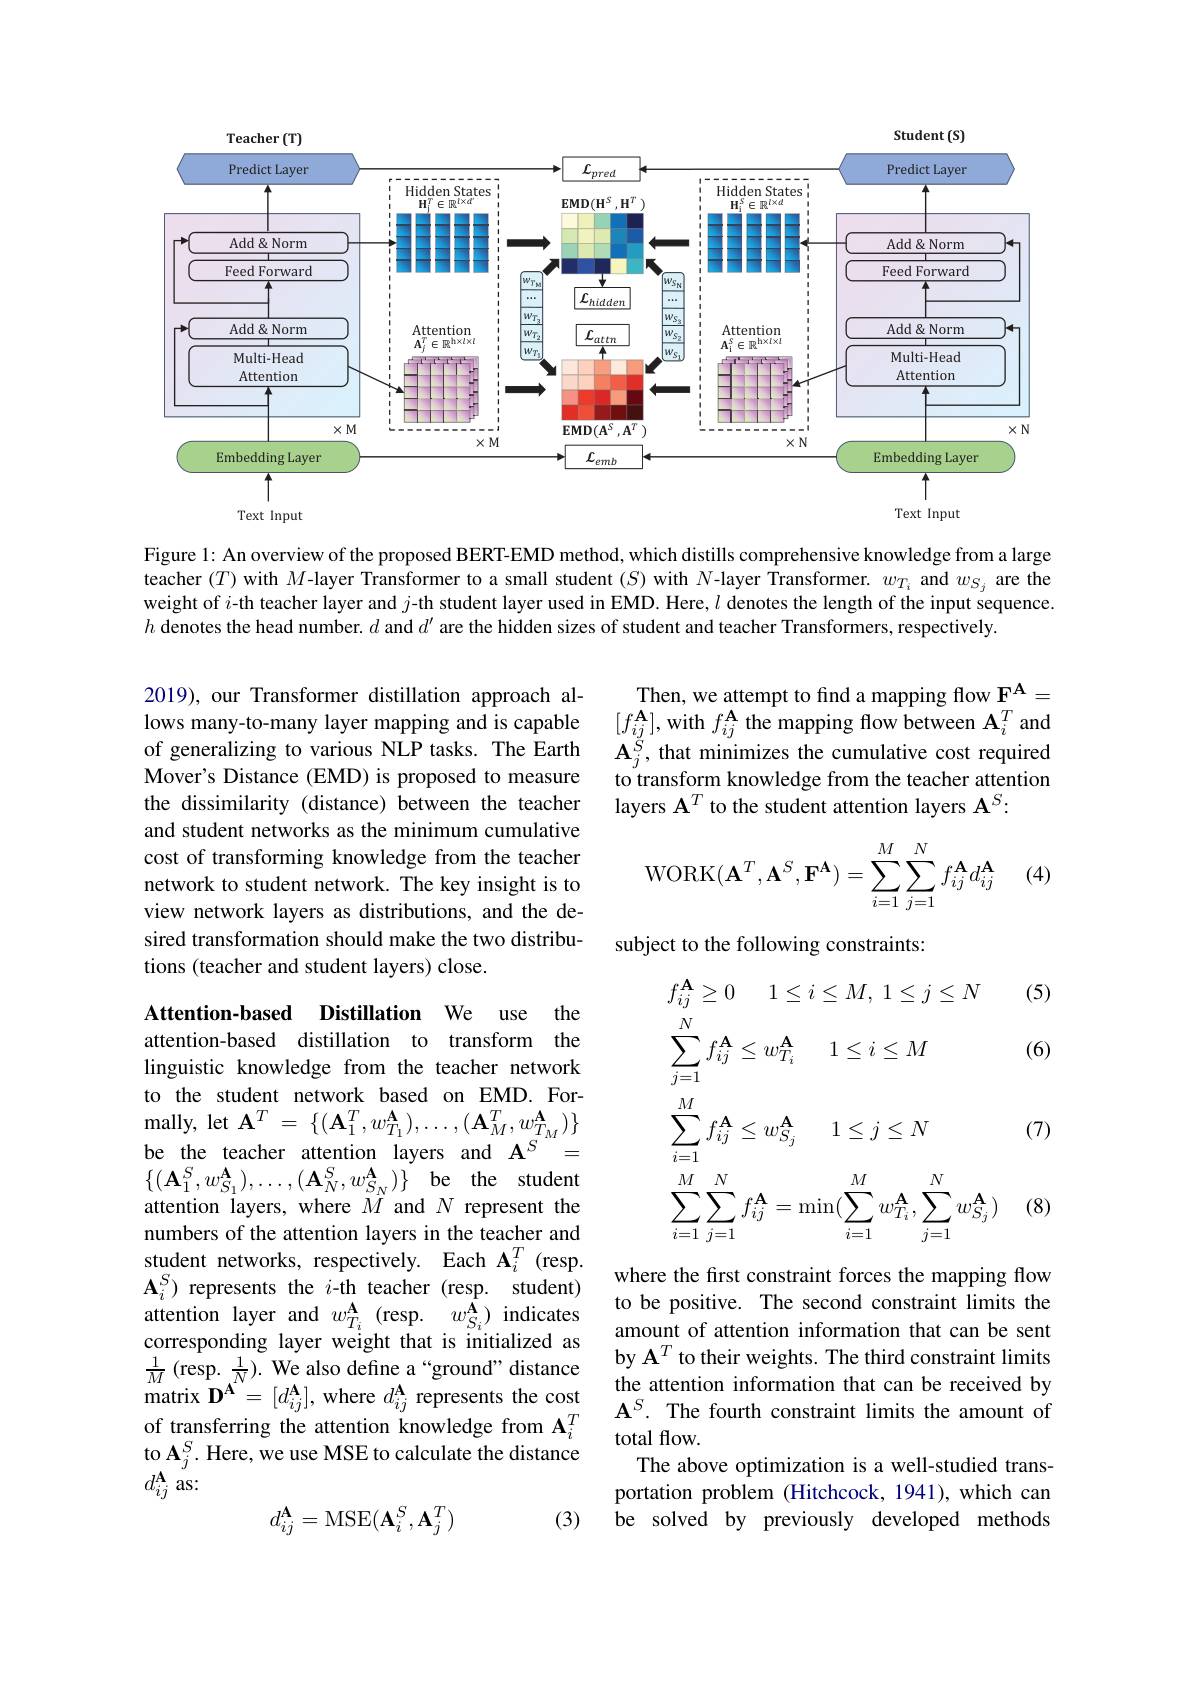
Student (S)

Teacher (T)

<FigureHere>

Text Input

Text Input

Figure 1: An overview of the proposed BERT-EMD method, which distills comprehensive knowledge from a large teacher $(T)$ with $M$-layer Transformer to a small student $(S)$ with $\hat{N}$-layer Transformer. $w_{T_i}$ and $w_{S_j}$ are the weight of $i$-th teacher layer and $j$-th student layer used in EMD. Here, $l$ denotes the length of the input sequence. $h$ denotes the head number. $d$ and $d^\prime$ are the hidden sizes of student and teacher Transformers, respectively.

Then, we attempt to find a mapping flow $\mathbf{F}^{\mathbf{A}}=$ $[f_{ij}^{\mathbf{A}}]$,with $f_ij^\mathbf{A}$ the mapping flow between $\mathbf{A}_i^T$ and $\mathbf{A}_{j}^{\breve{S}}$, that minimizes the cumulative cost required to transform knowledge from the teacher attention layers $\mathbf{A}^T$ to the student attention layers $\mathbf{A}^S:$

2019), our Transformer distillation approach allows many-to-many layer mapping and is capable of generalizing to various NLP tasks. The Earth Mover's Distance (EMD) is proposed to measure the dissimilarity (distance) between the teacher and student networks as the minimum cumulative cost of transforming knowledge from the teacher network to student network. The key insight is to view network layers as distributions, and the desired transformation should make the two distributions (teacher and student layers) close.
$$\text{WORK}(\mathbf{A}^T,\mathbf{A}^S,\mathbf{F}^\mathbf{A})=\sum_{i=1}^M\sum_{j=1}^Nf_{ij}^\mathbf{A}d_{ij}^\mathbf{A}$$
(4)

subject to the following constraints:
$$\begin{aligned}&f_{ij}^{\mathbf{A}}\geq0\quad1\leq i\leq M,\:1\leq j\leq N&&\text{(}\\&\sum_{j=1}^{N}f_{ij}^{\mathbf{A}}\leq w_{T_{i}}^{\mathbf{A}}\quad1\leq i\leq M&&\text{(}\\&\sum_{i=1}^{M}f_{ij}^{\mathbf{A}}\leq w_{S_{j}}^{\mathbf{A}}\quad1\leq j\leq N&&\text{(}\\&\sum_{i=1}^{M}\sum_{j=1}^{N}f_{ij}^{\mathbf{A}}=\operatorname*{min}(\sum_{i=1}^{M}w_{T_{i}}^{\mathbf{A}},\sum_{j=1}^{N}w_{S_{j}}^{\mathbf{A}})&&\text{(}\end{aligned}$$
Attention-based Distillation We use the attention-based distillation to transform the linguistic knowledge from the teacher network to the student network based on EMD. For- ${\mathrm{mally,~let~A}^{T}}=\{(\mathbf{A}_{1}^{T},w_{T_{1}}^{\mathbf{A}}),\ldots,(\mathbf{A}_{M}^{T},w_{T_{M}}^{\mathbf{A}})\}$ be the teacher attention layers and $\mathbf{A}^{S^{m}}=$ $\{ ( \mathbf{A} _{1}^{S}, w_{S_{1}}^{\mathbf{A} }) , \ldots , ( \mathbf{A} _{N}^{S}, w_{S_{N}}^{\mathbf{A} }) \}$ be student attention layers, where $M$ and $N$ represent the numbers of the attention layers in the teacher and student networks, respectively. Each $\mathbf{A}_i^T$ (resp. $\mathbf{A}_{i}^{S}$) represents the $i$-th teacher (resp. student) attention layer and $w_{T_{i}}^{\mathbf{A}}$ (resp. $w_{S_{i}}^{\mathbf{A}})$ indicates corresponding layer weight that is initialized as $\frac{1}{M}$(resp. $\frac1N).$ We also define a“ground” distance ${\mathrm{matrix~}\mathbf{D}^{\mathbf{A}^{\prime}}=[d_{ij}^{\mathbf{A}}],{\mathrm{where~}d_{ij}^{\mathbf{A}}}{\mathrm{~represents~the~cost}}}$ of transferring the attention knowledge from A$_i^T$ to A$_j^S.$ Here, we use MSE to calculate the distance $d_{ij}^{\mathbf{A}}$as:
$$d_{ij}^\mathbf{A}=\mathrm{MSE}(\mathbf{A}_i^S,\mathbf{A}_j^T)$$
where the first constraint forces the mapping flow to be positive. The second constraint limits the amount of attention information that can be sent by A$^T$ to their weights. The third constraint limits the attention information that can be received by $\mathbf{A}^S.$ The fourth constraint limits the amount of total flow.
The above optimization is a well-studied transportation problem (Hitchcock, 1941), which can be solved by previously developed methods

(3)